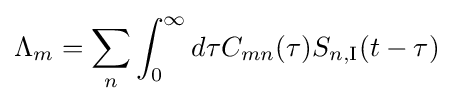
\Lambda _{m}=\sum _{n}\int _{0}^{\infty }d\tau C_{mn}(\tau )S_{n,\mathrm {I} }(t-\tau )